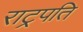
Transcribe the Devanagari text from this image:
राट्रपति